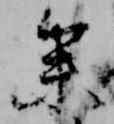
参